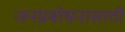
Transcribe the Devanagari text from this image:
जनप्रबोधनासाठी